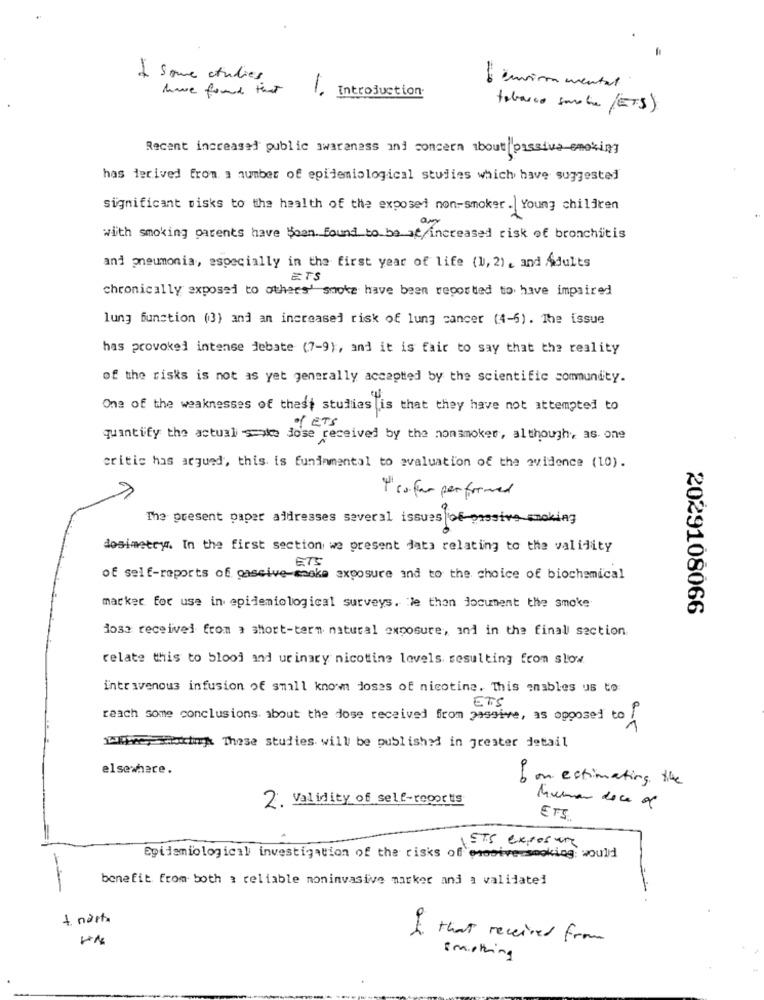
1 some studies
have found that
1
Introduction
L'environmental
tebarco smole (ETS)
Recent increased public awareness and concern about passive-smoking
has derived from a number of epidemiological studies which have suggested
significant Disks to the health of the exposed non-smoker. Young children
am
with smoking parents have Soan. Found to be at Increased risk of bronchitis
and pneumonia, especially in the first year of life (1, 2) , and Adults
ETS
chronically exposed to others' smoke have been reported to have impaired
lung function (3) and an increased risk of lung cancer (4-6). The issue
has provoked intense debate (7-9) :, and it is fair to say that the reality
of the risks is not as yet generally accepted by the scientific community.
One of the weaknesses of thest studies is that they have not attempted to
ETS
quantify the actual s=ake dose received by the nonsmoker, although, as one
eritis has argued, this is funinmental to evaluation of the evidence (10).
Y' sofer performed
The present paper addresses several issues of massive smoking
dosimetryr. In the first section we present data relating to the validity
ETS
of self-reports of gaseive-smoke exposure and to the choice of biochemical
marker for use in epidemiological surveys. le thon document the smoke
2029108066
dosa received from a short-term natural exposure, and in the final section
relate this to blood and urinary nicotine levels resulting from slow
intravenous infusion of small known doses of nicotine. This enables us to
ETS
reach some conclusions about the dose received from passive, as opposed to I
1.Twee shootingk These studies will be published in greater detail
elsewhere.
bon estimating the
Kumar doce of
2. validity of self-roports
EFS
IETS exposure
Epidemiological investigation of the risks of onosive smoking; would
benefit from both a reliable noninvasive marker and a validated
+ nasta
1
that received from
Emothing